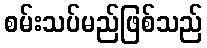
စမ်းသပ်မည်ဖြစ်သည်